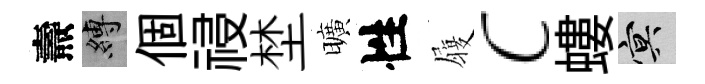
燾縛個祲埜曠性履c螻冥